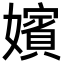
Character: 嬪